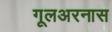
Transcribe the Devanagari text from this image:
गूलअरनास